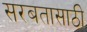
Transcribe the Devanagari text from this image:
सरबतासाठी